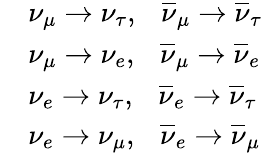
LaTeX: \begin{array}{rl}&{\nu_{\mu}\rightarrow\nu_{\tau},~~~\overline{{\nu}}_{\mu}\rightarrow\overline{{\nu}}_{\tau}}\\ &{\nu_{\mu}\rightarrow\nu_{e},~~~\overline{{\nu}}_{\mu}\rightarrow\overline{{\nu}}_{e}}\\ &{\nu_{e}\rightarrow\nu_{\tau},~~~\overline{{\nu}}_{e}\rightarrow\overline{{\nu}}_{\tau}}\\ &{\nu_{e}\rightarrow\nu_{\mu},~~~\overline{{\nu}}_{e}\rightarrow\overline{{\nu}}_{\mu}}\end{array}